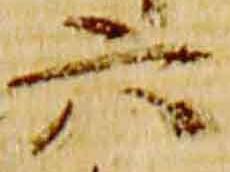
六